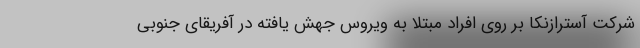
شرکت آسترازنکا بر روی افراد مبتلا به ویروس جهش یافته در آفریقای جنوبی